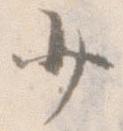
少